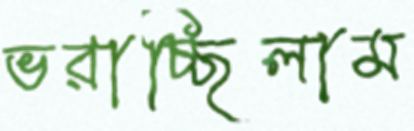
ভরাচ্ছিলাম